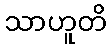
သာဟူတိ